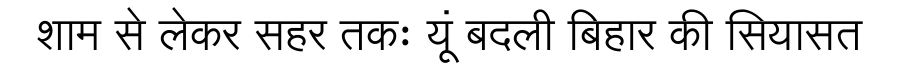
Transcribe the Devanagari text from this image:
शाम से लेकर सहर तकः यूं बदली बिहार की सियासत